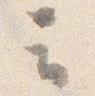
云